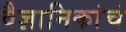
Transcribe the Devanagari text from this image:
वैज्ञानिकांचं